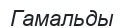
Гамальды